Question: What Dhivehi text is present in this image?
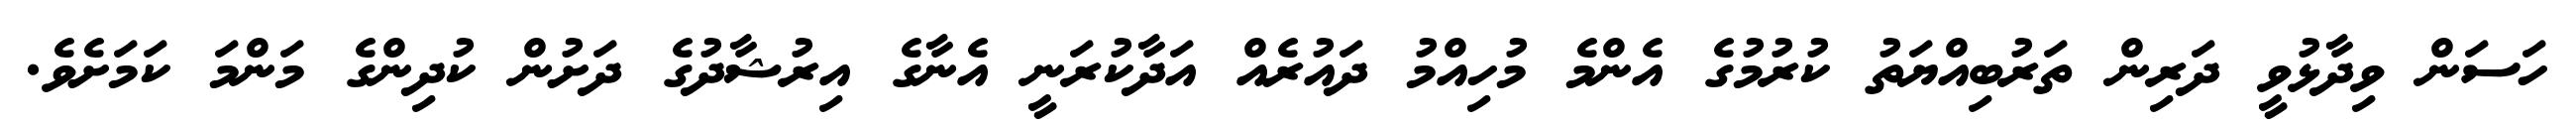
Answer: ހަސަން ވިދާޅުވީ ދަރިން ތަރުބިއްޔަތު ކުރުމުގެ އެންމެ މުހިއްމު ދައުރެއް އަދާކުރަނީ އެނާގެ އިރުޝާދުގެ ދަށުން ކުދިންގެ މަންމަ ކަމަށެވެ.